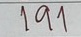
191